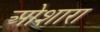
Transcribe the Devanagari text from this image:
ओशारा